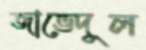
জাভেদুল